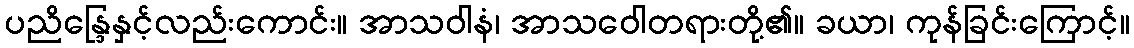
ပညိန္ဒြေနှင့်လည်းကောင်း။ အာသဝါနံ၊ အာသဝေါတရားတို့၏။ ခယာ၊ ကုန်ခြင်းကြောင့်။